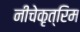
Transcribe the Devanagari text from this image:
नीचेकृत्रिम